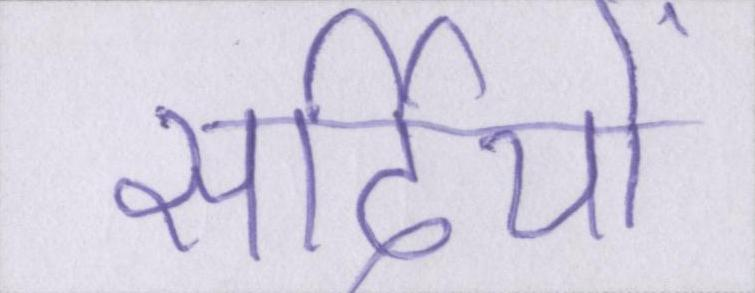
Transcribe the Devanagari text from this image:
सर्दियों